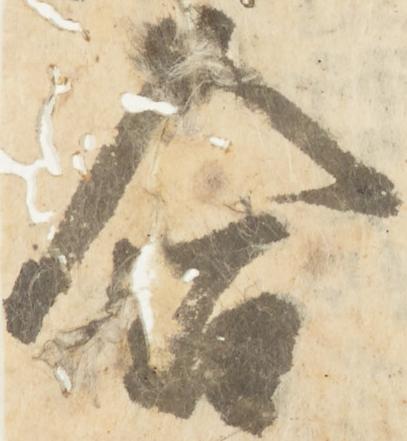
合